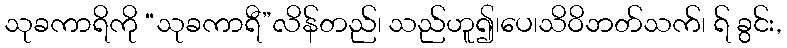
သုခကာရိကို “သုခကာရီ”လိန်တည်၊ သည်ဟူ၍၊ပေ၊သိဝိဘတ်သက်၊ ရ် ခွင်း,